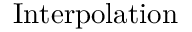
\operatorname { I n t e r p o l a t i o n }